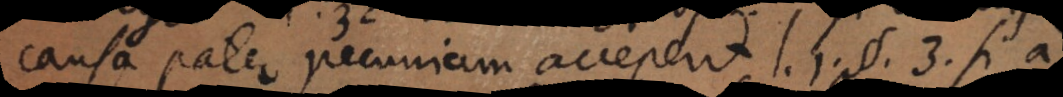
causa pater pecuniam acceperit l. 1. § 3. si a